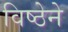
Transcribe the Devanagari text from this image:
विष्ठेने